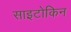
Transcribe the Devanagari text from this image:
साइटोकिन